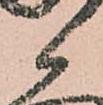
候